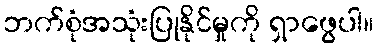
ဘက်စုံအသုံးပြုနိုင်မှုကို ရှာဖွေပါ။